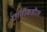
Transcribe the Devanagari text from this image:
छातीकडील